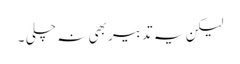
لیکن یہ تدبیر بھی نہ چلی ۔